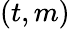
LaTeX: (t,m)